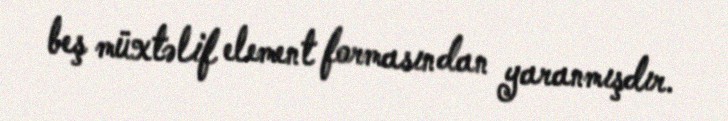
beş müxtəlif element formasından yaranmışdır.